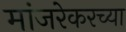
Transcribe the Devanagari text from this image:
मांजरेकरच्या